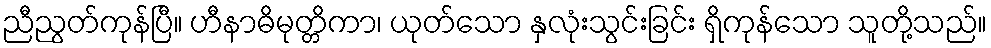
ညီညွတ်ကုန်ပြီ။ ဟီနာဓိမုတ္တိကာ၊ ယုတ်သော နှလုံးသွင်းခြင်း ရှိကုန်သော သူတို့သည်။